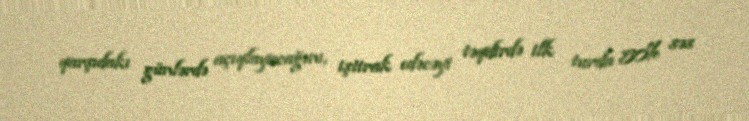
qarşıdakı günlərdə açıqlayacağını, iştirak edəcəyi təqdirdə ilk turda 50% səs